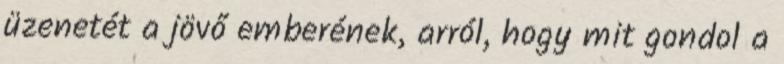
üzenetét a jövő emberének, arról, hogy mit gondol a